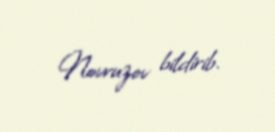
Novruzov bildirib.